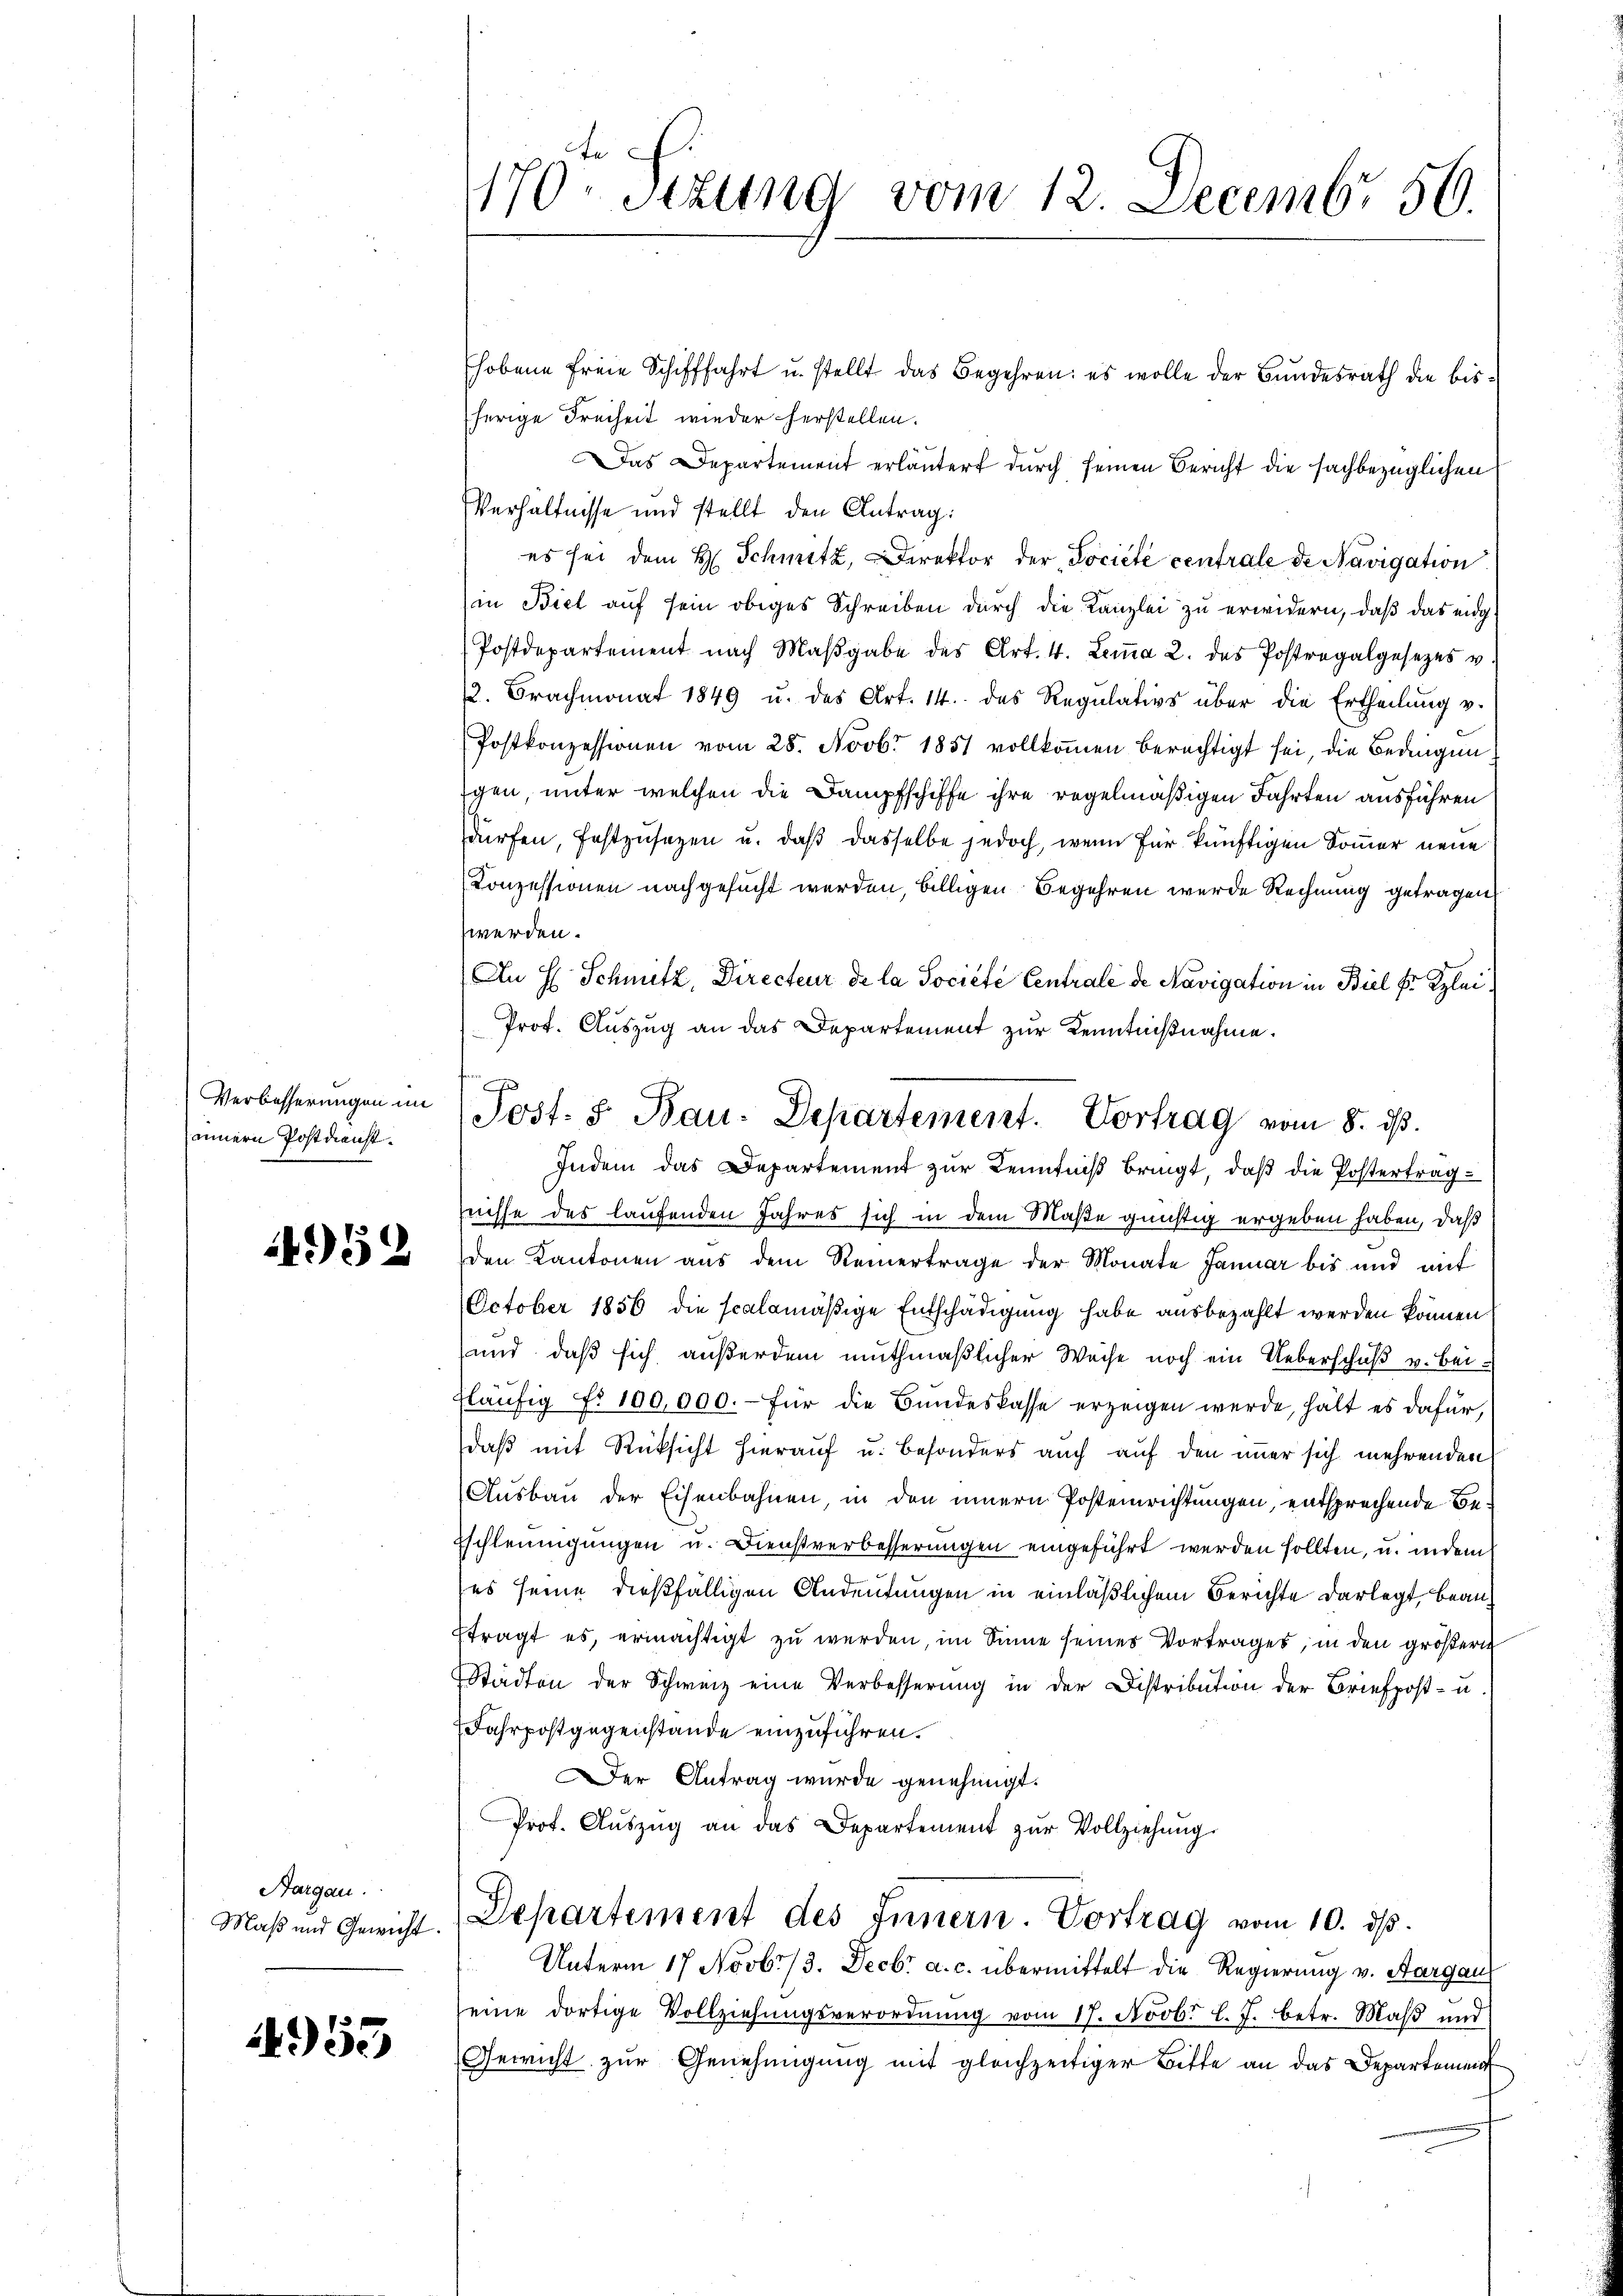
innern Postdienst.

4952

Aargau.
Maß und Gewicht

955

170 - Stzung vom 12. Decembr 56.

Verbesserŭngen im Post- & Bau-Departement. Vortrag vom 8. ds.

hobene Freie Schifffahrt u. stellt das Begehren: es wolle der Bundesrath die bisherige Freiheit wieder herstellen.
Das Departement erläutert durch seinen Bericht die fachbezüglichen
Verhältnisse und stellt den Antrag:
es sei dem H. Schmitz, Direktor der Dociété centrale de Navigation
in Biel aŭf sein obiges Schreiben dŭrch die Kanzlei zŭ erwidern, daβ das eidg
Postdepartement nach Maβgabe des Art. 4. Lemma 2. des Postregalgesezes u.
2. Brachmonat 1849 u. des Art. 14. das Regulativs über die Ertheilŭng v.
Postkonzessionen vom 28. Novb. 1851 vollkommen berechtigt sei, die Bedingungen, unter welchen die Dampfschiffe ihre regelmäßigen Fahrten ausführen
dürfen, festzusetzen u. daß dasselbe jedoch, wenn für künftigen Sommer neue
Konzessionen nachgesucht werden, billigen Begehren wurde Rechnung getragen,
werden.
An H. Schmutz, Directeur de la Societe Centrale de Navigation in Biel Er Klei¬
Prof. Auszug an das Departement zur Kenntnißnahme.
Indem das Departement zur Kenntniß bringt, daß die Postertragtnisse des laufenden Jahres sich in dem Maße günstig ergeben haben, daß
den Kantonen aus dem Reinertrage der Monate Januar bis und mit
October 1856 die scalamäßige Entschädigung habe ausbezahlt werden können,
und, daß sich außerdem muthmaßlicher Weise noch ein Ueberschuß u. bei:
fläufig No 100,000.- für die Bundeskasse erzeigen werde, hält es dafür,
daß mit Rücksicht hierauf u. besonders auch auf den immer sich mehrenden
Ausbau der Eisenbahnen, in den innern Postenrichtungen, entsprechende Be¬
Eschleunigungen u. Dienstverbesserungen eingeführt werden sollten, u. indem
(es seine dießfälligen Andeutungen in einläßlichem Berichte darlegt, bean¬
Etragt es, ermächtigt zu werden, im Sinne seines Vortrages, in den größern
Städten der Schweiz eine Verbesserung in der Distribution der Briefpost- u
Jahrpostgegenstände einzuführen.
Der Antrag wurde genehmigt.
Prof. Aŭszŭg an das Departement zŭr Vollziehung
Departement des Innern. Vortrag vom 10. ds.
Unterm 17 Novbr. 13. Decbr a. c. übermittelt die Regierung v. Aargau
eine dortige Vollziehŭngsverordnŭng vom 17. Novb. l. J. betr. Maβ ŭnd
Gewicht zur Genehmigung mit gleichzeitiger Bitte an das Departemen